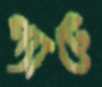
প্যাটে